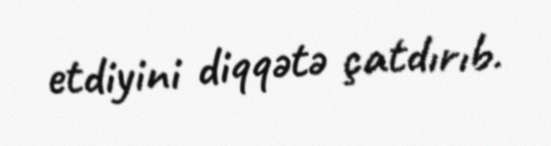
etdiyini diqqətə çatdırıb.